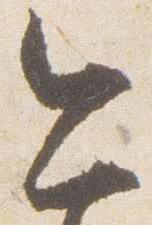
今